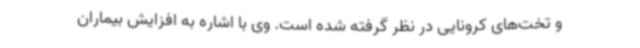
و تخت‌های کرونایی در نظر گرفته شده است. وی با اشاره به افزایش بیماران